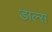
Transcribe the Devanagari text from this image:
डाल्स